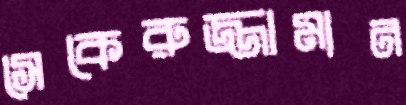
সেকেরুজ্জামান